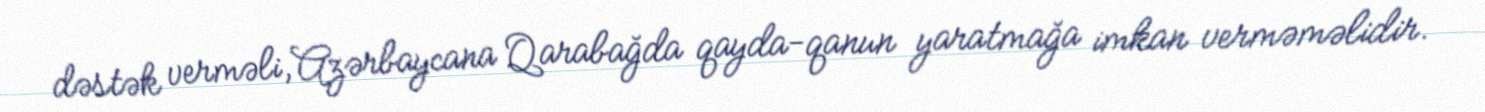
dəstək verməli, Azərbaycana Qarabağda qayda-qanun yaratmağa imkan verməməlidir.